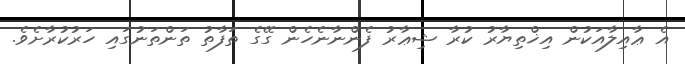
އެ ޢާއިލާއަކުން އިޚްތިޔާރު ކުރާ ޝިޢާރު ފެންނާނެހެން ގޭގެ ތަފާތު ތަންތަނުގައި ހަރުކުރާށެވެ.